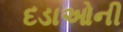
દડાઓની